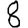
Digit: 8